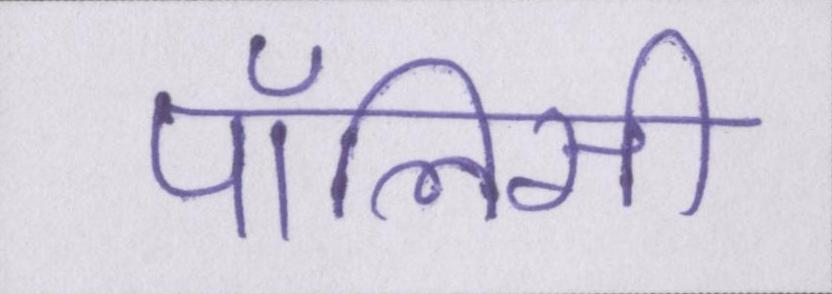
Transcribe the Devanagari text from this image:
पॉलिसी